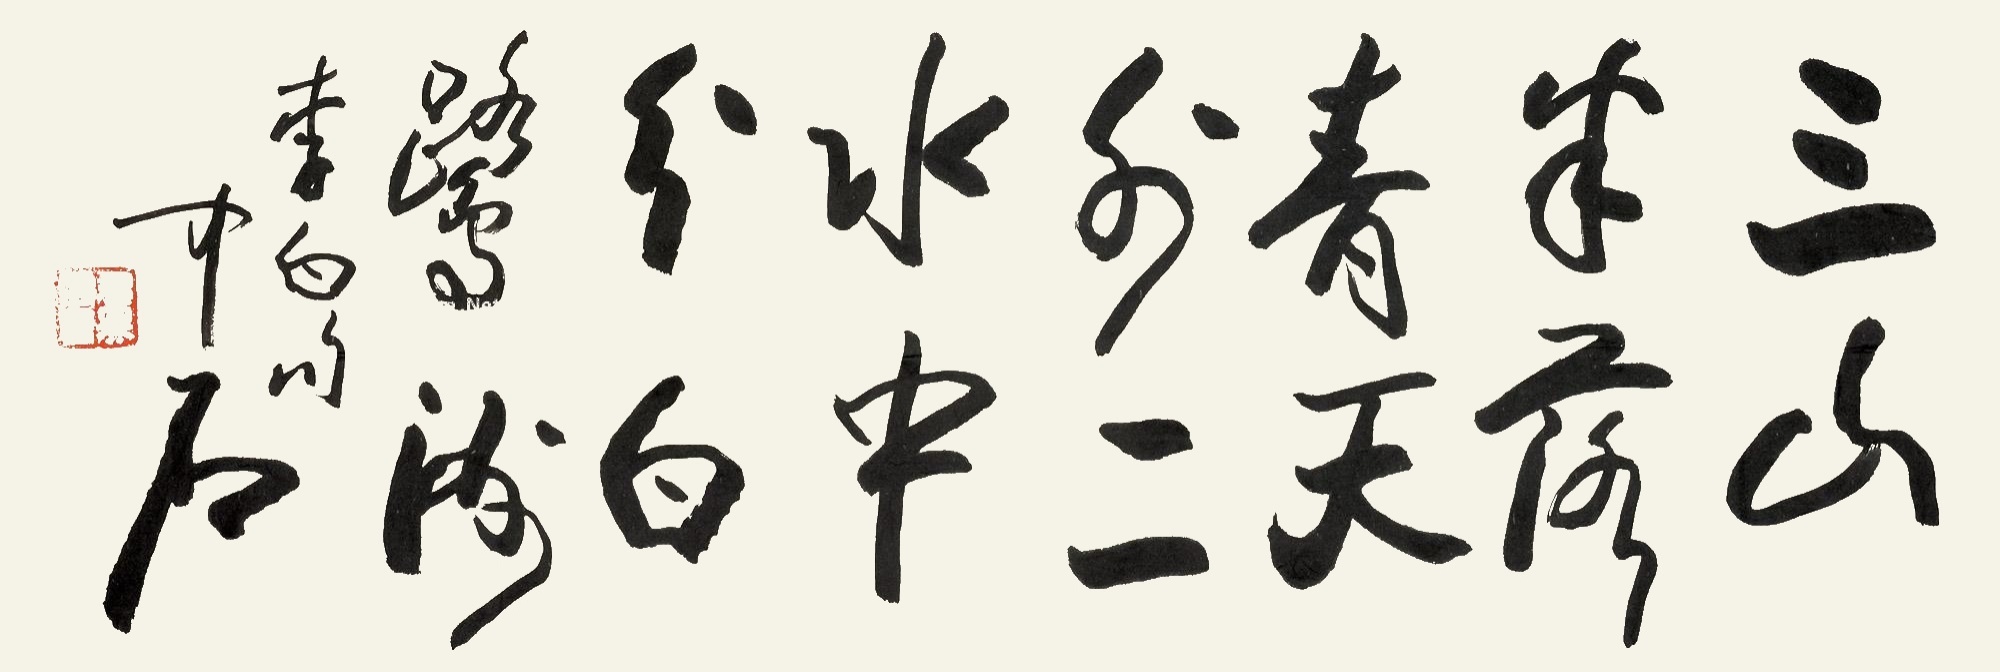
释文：三山半落青天外，二水中分白鹭洲。李白句。中石。